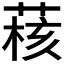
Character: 𫈺